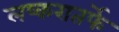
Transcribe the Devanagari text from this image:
लष्करातर्फे